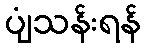
ပျံသန်းရန်